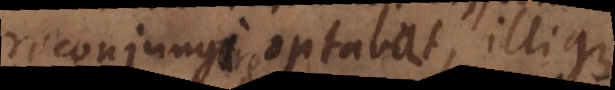
reconjungi optabat, illique